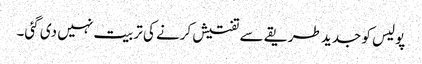
پولیس کو جدید طریقے سے تفتیش کرنے کی تربیت نہیں دی گئی۔